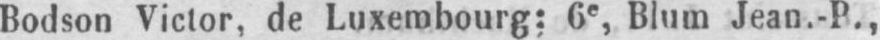
Bodson Victor, de Luxembourg: 6e, Blum Jean.-P.,